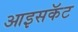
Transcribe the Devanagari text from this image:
आइसकॅट